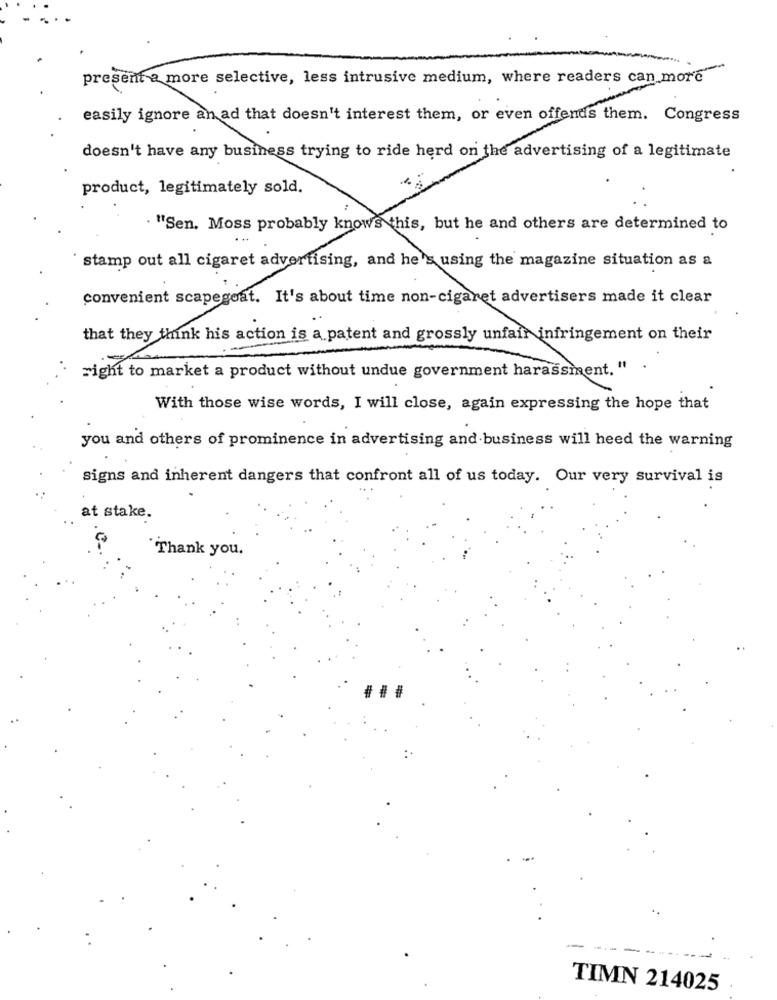
-
present a more selective, less intrusive medium, where readers can more
easily ignore an ad that doesn't interest them, or even offends them. Congress
doesn't have any business trying to ride herd on the advertising of a legitimate
product, legitimately sold.
. "Sen. Moss probably knows this, but he and others are determined to
stamp out all cigaret advertising, and he's using the magazine situation as a
convenient scapegoat. It's about time non-cigaret advertisers made it clear
that they think his action is a patent and grossly unfair infringement on their
right to market a product without undue government harassment. "
With those wise words, I will close, again expressing the hope that
you and others of prominence in advertising and business will heed the warning
signs and inherent dangers that confront all of us today. Our very survival is
at stake.
Thank you.
-
TIMN 214025